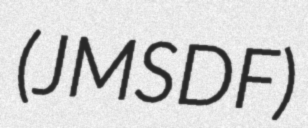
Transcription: (JMSDF)